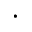
\cdot